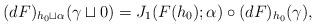
LaTeX: \begin{align*}(dF)_{h_{0}\sqcup\alpha}(\gamma\sqcup0)=J_{1}(F(h_{0});\alpha)\circ(dF)_{h_{0}}(\gamma),\end{align*}